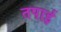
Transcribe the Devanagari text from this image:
तपाई